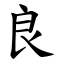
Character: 良